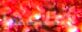
أعلمها